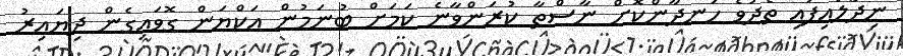
ނިދާލައިފައި ތެދުވެ ހަނދާންކޮށް ނާސްތާ ކުރަންވާނެ ކަމަށް ބުނަމުން އަކްޔަން ގޮވައިގެން ދިޔައިރު